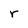
Character: r